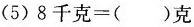
(5) $$8千克=( )克$$